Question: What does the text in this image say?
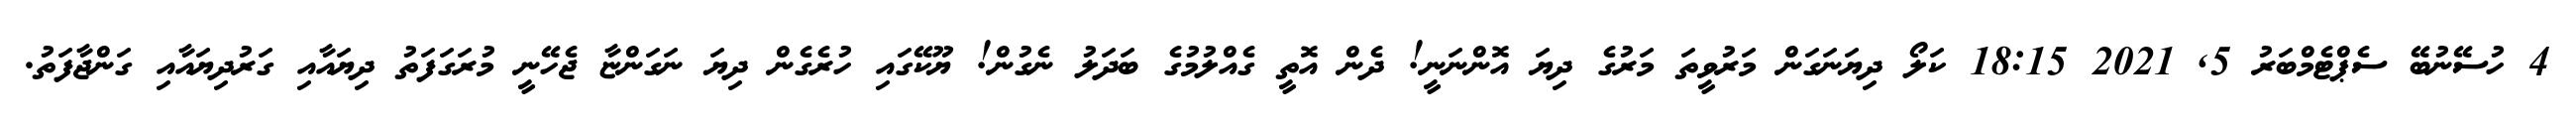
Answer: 4 ހުސޭނުބޭ ސެޕްޓެމްބަރު 5, 2021 18:15 ކަލޯ ދިޔަނަގަން މަރުވީތަ މަރުގެ ދިޔަ އޮންނަނީ! ދެން އޮތީ ގެއްލުމުގެ ބަދަލު ނެގުން! ޔޫކޭގައި ހުރެގެން ދިޔަ ނަގަންޏާ ޖެހޭނީ މުރަގަފަތު ދިޔައާއި ގަރުދިޔައާއި ގަންޖާފަތު.